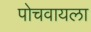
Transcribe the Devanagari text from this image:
पोचवायला